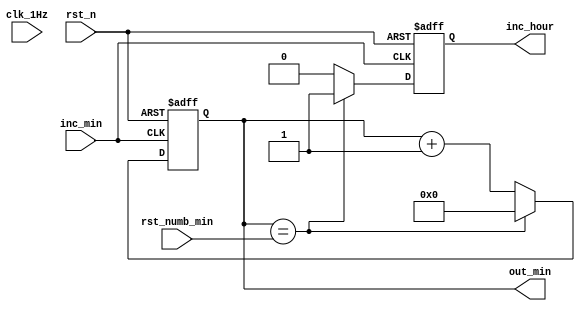
`timescale 10ns/1ps
module counter_min (
	input clk_1Hz,    // Clock
	input rst_n,  // Asynchronous reset active low
	input inc_min,
	input [5:0] rst_numb_min,
	output reg inc_hour,
	output reg [5:0] out_min
);	
	always @(posedge inc_min or negedge rst_n) begin
		if(~rst_n) begin
			out_min <= 0;
			inc_hour <= 0;
		end else begin
			if (out_min == rst_numb_min) begin
				out_min <= 0;
				inc_hour <= 1;
			end
			else
			begin 
				out_min <= out_min + 1'b1;
				inc_hour <= 0;
			end
		end
	end
endmodule